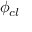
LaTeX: \phi _ { c l }